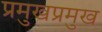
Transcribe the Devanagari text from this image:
प्रमुखप्रमुख